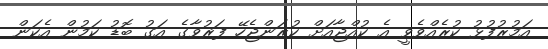
އަމުރުފުޅު ކުރެއްވެވީ އެ ކުއްޖާއަށް ކުރަންޖެހޭ ފަރުވާގެ އަގު ބޮޑު ކަމުން އެކަން